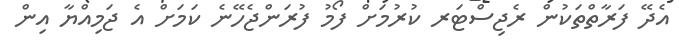
އެދޭ ފަރާތްތަކުން ރެޖިސްޓަރ ކުރުމަށް ފޯމު ފުރަންޖެހޭނެ ކަމަށް އެ ޖަމިއްޔާ އިން